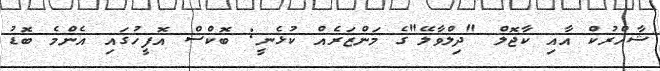
ޝާހްރުކް އާއި ކާޖޮލް "ދިލްވާލޭ"ގެ މަންޒަރެއް ކުޅެނީ: ބޮކްސް އޮފީހުގައި އެންމެ ބޮޑު